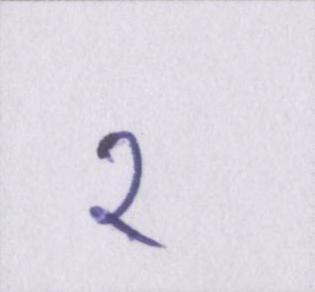
२